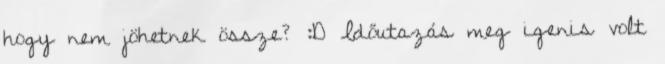
hogy nem jöhetnek össze? :D Időutazás meg igenis volt